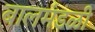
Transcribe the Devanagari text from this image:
बालमंडळी